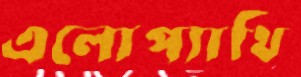
এলোপ্যাথি